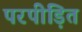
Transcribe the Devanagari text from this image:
परपीड़ित